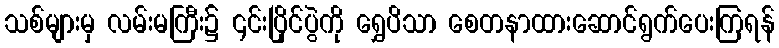
သစ်များမှ လမ်းမကြီး၌ ၎င်းပြိုင်ပွဲကို ရွှေပိသာ စေတနာထားဆောင်ရွက်ပေးကြရန်